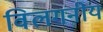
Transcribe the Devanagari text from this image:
विलगनीय